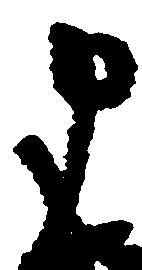
申